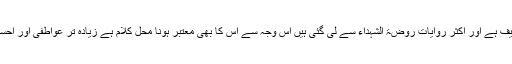
ملا مہدی نراقی (م 1209 ق) کی تالیف ہے اور اکثر روایات روضۃ الشہداء سے لی گئی ہیں اس وجہ سے اس کا بھی معتبر ہونا محل کلام ہے زیادہ تر عواطفی اور احساساتی طرز بیان سے کام لیا گیا ہے ۔